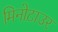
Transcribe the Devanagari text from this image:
मिनोटाउर